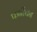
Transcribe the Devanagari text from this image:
फर्नीचन